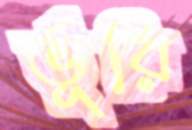
র্ভূরি